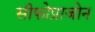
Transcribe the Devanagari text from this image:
सीफोप्राजोन